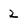
Character: 2